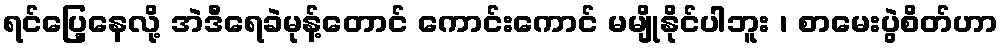
ရင်ပြေ့နေလို့ အဲဒီရေခဲမုန့်တောင် ကောင်းကောင် မမျိုနိုင်ပါဘူး ၊ စာမေးပွဲစိတ်ဟာ